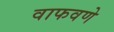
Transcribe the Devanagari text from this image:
वाफवणे